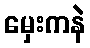
မှေးကနဲ